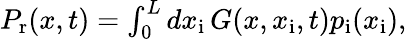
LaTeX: \begin{array}{r}{P_{\mathrm{r}}(x,t)=\int_{0}^{L}dx_{\mathrm{i}}\, G(x,x_{\mathrm{i}},t)p_{\mathrm{i}}(x_{\mathrm{i}}),}\end{array}